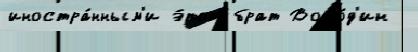
иностра́нным'и э́тот брат Воло́д'ин